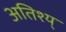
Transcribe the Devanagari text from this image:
अतिश्य्